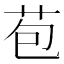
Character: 苞